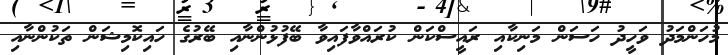
މުހަންމަދު ވަހީދު ހަސަން މަނިކާއި ރައީސްކަން ކުރައްވާފައިވާ ބޭފުޅުންނާއި ބޭރުގެ ހައިކޮމިޝަން ތަކުންނާއި